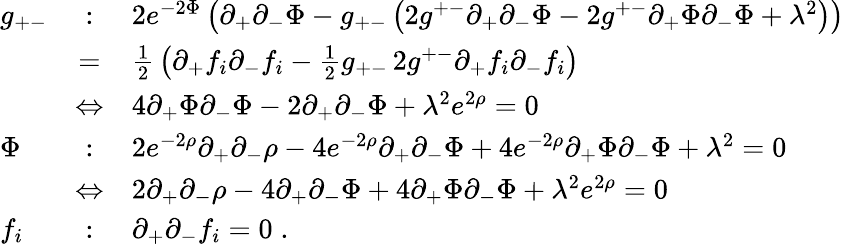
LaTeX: \begin{array}{lcl}{{g_{+-}}}&{{:}}&{{2e^{-2\Phi}\left(\partial_{+}\partial_{-}\Phi-g_{+-}\left(2g^{+-}\partial_{+}\partial_{-}\Phi-2g^{+-}\partial_{+}\Phi\partial_{-}\Phi+\lambda^{2}\right)\right)}}\\ {{\ }}&{{=}}&{{{\frac{1}{2}}\left(\partial_{+}f_{i}\partial_{-}f_{i}-{\frac{1}{2}}g_{+-}\, 2g^{+-}\partial_{+}f_{i}\partial_{-}f_{i}\right)}}\\ {{\ }}&{{\Leftrightarrow}}&{{4\partial_{+}\Phi\partial_{-}\Phi-2\partial_{+}\partial_{-}\Phi+\lambda^{2}e^{2\rho}=0}}\\ {{\Phi}}&{{:}}&{{2e^{-2\rho}\partial_{+}\partial_{-}\rho-4e^{-2\rho}\partial_{+}\partial_{-}\Phi+4e^{-2\rho}\partial_{+}\Phi\partial_{-}\Phi+\lambda^{2}=0}}\\ {{\ }}&{{\Leftrightarrow}}&{{2\partial_{+}\partial_{-}\rho-4\partial_{+}\partial_{-}\Phi+4\partial_{+}\Phi\partial_{-}\Phi+\lambda^{2}e^{2\rho}=0}}\\ {{f_{i}}}&{{:}}&{{\partial_{+}\partial_{-}f_{i}=0\; .}}\end{array}